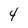
Character: 4